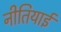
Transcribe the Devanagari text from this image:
नीतियाई